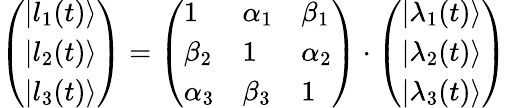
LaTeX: \left(\begin{array}{l}{|l_{1}(t)\rangle}\\ {|l_{2}(t)\rangle}\\ {|l_{3}(t)\rangle}\end{array}\right)=\left(\begin{array}{lll}{1}&{\alpha_{1}}&{\beta_{1}}\\ {\beta_{2}}&{1}&{\alpha_{2}}\\ {\alpha_{3}}&{\beta_{3}}&{1}\end{array}\right)\cdot\left(\begin{array}{l}{|\lambda_{1}(t)\rangle}\\ {|\lambda_{2}(t)\rangle}\\ {|\lambda_{3}(t)\rangle}\end{array}\right)